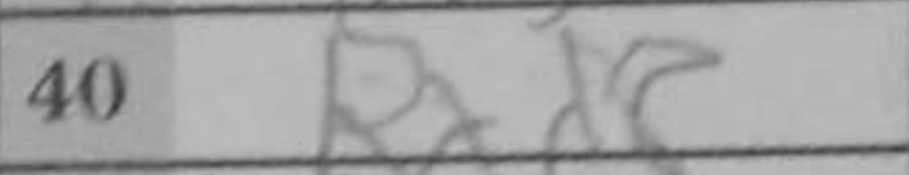
Transcription: Rxd8